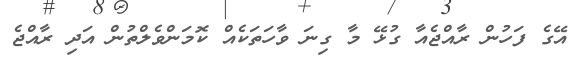
އޭގެ ފަހުން ރާއްޖެއާ ގުޅޭ މާ ގިނަ ވާހަތަކެއް ކޮމަންވެލްތުން އަދި ރާއްޖެ